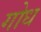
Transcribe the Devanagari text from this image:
गोध